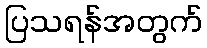
ပြသရန်အတွက်